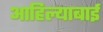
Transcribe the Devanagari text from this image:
आहिल्याबाई